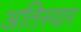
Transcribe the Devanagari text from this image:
अतिस्वार